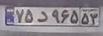
۷۵د۹۶۵۵۳